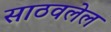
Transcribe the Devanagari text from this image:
साठवलेल